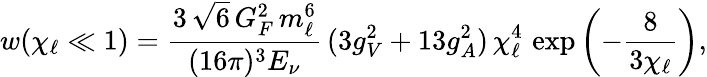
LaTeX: w(\chi_{\ell}\ll 1)=\frac{3\, \sqrt{6}\, G_{F}^{2}\, m_{\ell}^{6}}{(16\pi)^{3}E_{\nu}}\, (3g_{V}^{2}+13g_{A}^{2})\, \chi_{\ell}^{4}\, \exp\left(-{\frac{8}{3\chi_{\ell}}}\right),